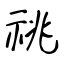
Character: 祧